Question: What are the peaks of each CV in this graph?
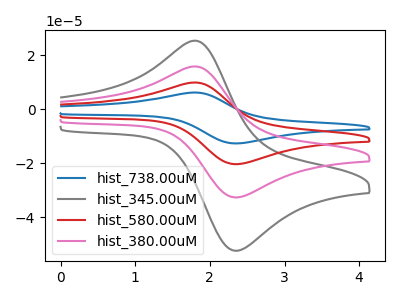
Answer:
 <answer>The blue curve "hist_738.00uM" has an anodic peak at (1.80V, 47.35uA) and a cathodic peak at (2.40V, -97.90uA). The gray curve "hist_345.00uM" has an anodic peak at (1.80V, 25.30uA) and a cathodic peak at (2.40V, -52.35uA). The red curve "hist_580.00uM" has an anodic peak at (1.80V, 31.55uA) and a cathodic peak at (2.40V, -65.25uA). The pink curve "hist_380.00uM" has an anodic peak at (1.80V, 15.80uA) and a cathodic peak at (2.40V, -32.65uA).</answer>
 <eval></eval>